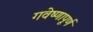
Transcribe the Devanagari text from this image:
गवेष्णापूर्ण